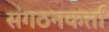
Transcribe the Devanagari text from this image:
संगठनकर्त्ता